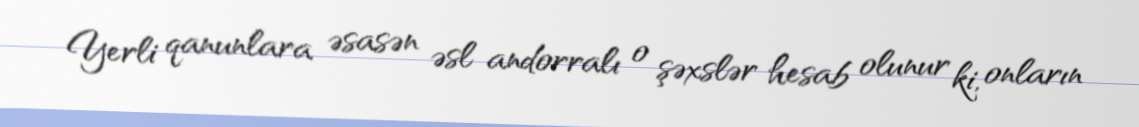
Yerli qanunlara əsasən əsl andorralı o şəxslər hesab olunur ki, onların